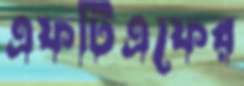
এফটিএফের